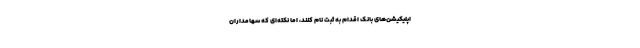
اپلیکیشن‌های بانک اقدام به ثبت نام کنند، اما نکته‌ای که سهامداران